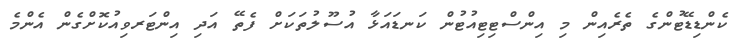
ކެންޑިޑޭޓުންގެ ތެރެއިން މި އިންސްޓިޓިއުޓުން ކަނޑައަޅާ އުސޫލުތަކަށް ފެތޭ އަދި އިންޓަރވިއުކޮށްގެން އެންމެ